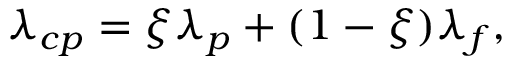
\lambda _ { c p } = \xi \lambda _ { p } + ( 1 - \xi ) \lambda _ { f } ,